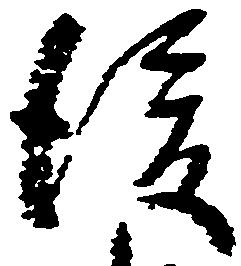
後